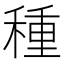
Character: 種